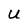
Character: U